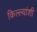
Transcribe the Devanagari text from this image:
किल्ल्यांशी